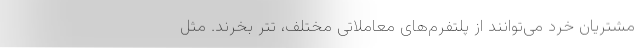
مشتریان خرد می‌توانند از پلتفرم‌های معاملاتی مختلف، تتر بخرند. مثل